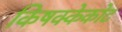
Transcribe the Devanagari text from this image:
किषक्केकोट